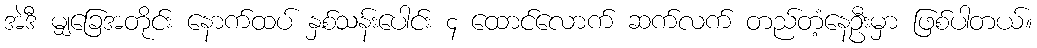
အဲဒီ မျှခြေအတိုင်း နောက်ထပ် နှစ်သန်းပေါင်း ၄ ထောင်လောက် ဆက်လက် တည်တံ့နေဦးမှာ ဖြစ်ပါတယ်။